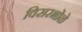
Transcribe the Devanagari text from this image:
विसरभोळे